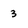
Character: 3